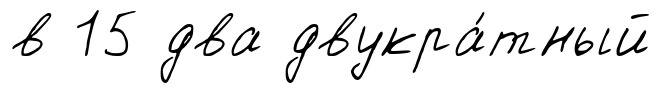
в 15 два двукра́тный